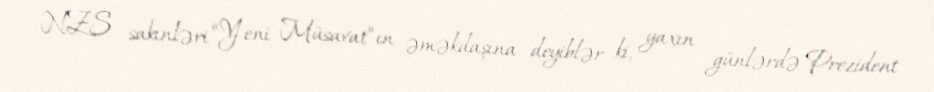
NZS sakinləri “Yeni Müsavat”ın əməkdaşına deyiblər ki, yaxın günlərdə Prezident